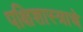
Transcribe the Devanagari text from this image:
पक्षिशास्त्राचे